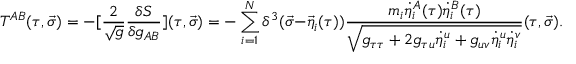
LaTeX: T ^ { A B } ( \tau , \vec { \sigma } ) = - [ { \frac { 2 } { \sqrt { g } } } { \frac { \delta S } { \delta g _ { A B } } } ] ( \tau , \vec { \sigma } ) = - \sum _ { i = 1 } ^ { N } \delta ^ { 3 } ( \vec { \sigma } - { \vec { \eta } } _ { i } ( \tau ) ) { \frac { m _ { i } { \dot { \eta } } _ { i } ^ { A } ( \tau ) { \dot { \eta } } _ { i } ^ { B } ( \tau ) } { \sqrt { g _ { \tau \tau } + 2 g _ { \tau u } { \dot { \eta } } _ { i } ^ { u } + g _ { u v } { \dot { \eta } } _ { i } ^ { u } { \dot { \eta } } _ { i } ^ { v } } } } ( \tau , \vec { \sigma } ) .